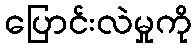
ပြောင်းလဲမှုကို